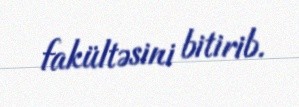
fakültəsini bitirib.